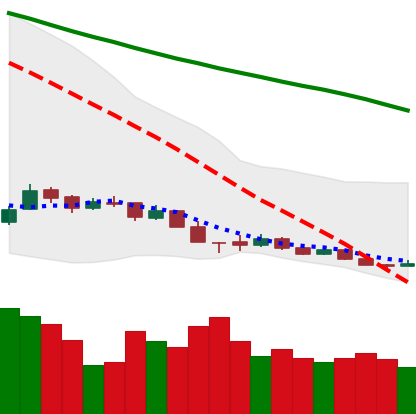
Ticker: XMR-USD
Chart end date: 2018-12-16
Forward return: 31.724%
Label: up_7plus